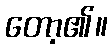
တော့၏။